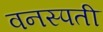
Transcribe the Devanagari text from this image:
वनस्‍पती